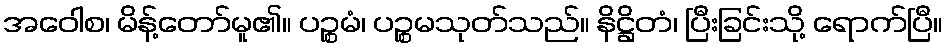
အဝေါစ၊ မိန့်တော်မူ၏။ ပဉ္စမံ၊ ပဉ္စမသုတ်သည်။ နိဋ္ဌိတံ၊ ပြီးခြင်းသို့ ရောက်ပြီ။